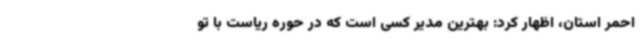
احمر استان، اظهار کرد: بهترین مدیر کسی است که در حوره ریاست با تو